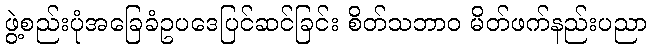
ဖွဲ့စည်းပုံအခြေခံဥပဒေပြင်ဆင်ခြင်း စိတ်သဘာဝ မိတ်ဖက်နည်းပညာ